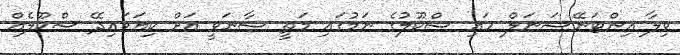
ވިލާ އިންޓަނޭޝަނަލް ހައި ސްކޫލުގެ ނަމުގައި މަތީ ސާނަވީ އަށް ކިޔަވައިދޭ ސްކޫލެއް